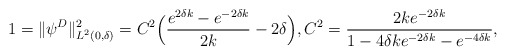
\begin{align*}1=\|\psi^{D}\|^2_{L^2(0,\delta)}=C^2\Big(\dfrac{e^{2\delta k}-e^{-2\delta k}}{2k}-2\delta\Big),C^2=\dfrac{2ke^{-2\delta k}}{1-4\delta k e^{-2\delta k}-e^{-4\delta k}},\end{align*}